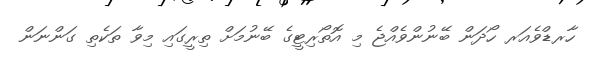
ހާރޑްވެއަރ ހޯދަން ބޭނުންވެއްޖެ މި އޮތޯރިޓީގެ ބޭނުމަށް ތިރީގައި މިވާ ތަކެތި ގަންނަން